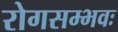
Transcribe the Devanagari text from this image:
रोगसम्भवः